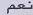
نصم